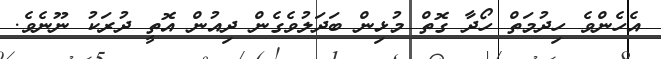
އެހެންވެ ހިދުމަތް ހޯދާ ގޮތް މުޅިން ބަދަލުވެގެން ދިއުން އޮތީ ދުރަކު ނޫނެވެ.